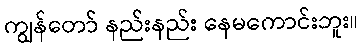
ကျွန်တော် နည်းနည်း နေမကောင်းဘူး။